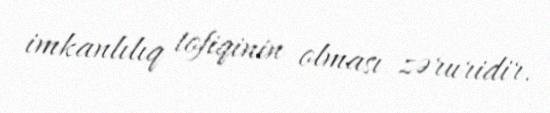
imkanlılıq tofiqinin olması zəruridir.